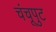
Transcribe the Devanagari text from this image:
चंचूपुट